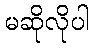
မဆိုလိုပါ